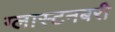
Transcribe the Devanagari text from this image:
ग्लास्टनबरी